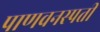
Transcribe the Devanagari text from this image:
पाणवनस्पती